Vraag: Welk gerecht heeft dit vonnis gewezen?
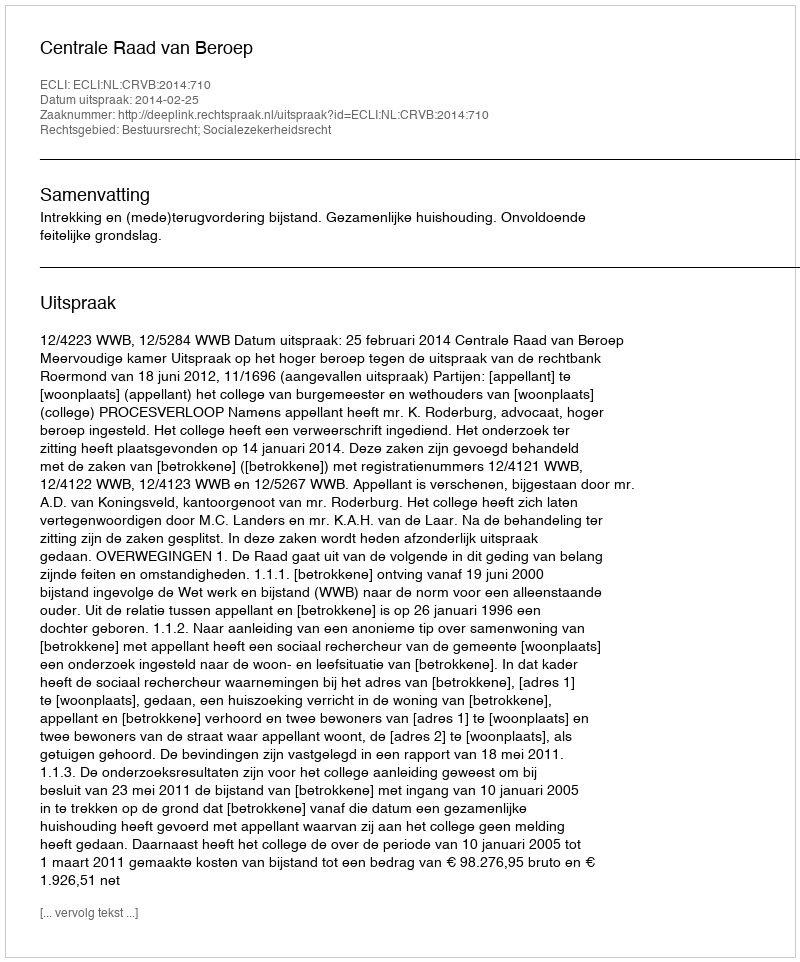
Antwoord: Centrale Raad van Beroep